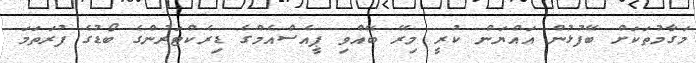
މަގާމުތަކަށް ބޭފުޅުން އައްޔަން ކުރީ މިރޭ ބޭއްވި ޕީއެސްއެމްގެ ޑިރެކްޓަރުންގެ ބޯޑުގެ ފުރަތަމަ